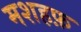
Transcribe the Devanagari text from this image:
मशहफ़